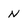
Character: n